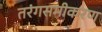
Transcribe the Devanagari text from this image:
तरंगसमीकरण